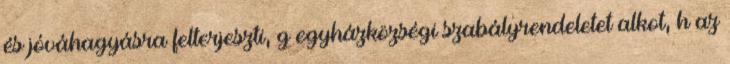
és jóváhagyásra felterjeszti, g egyházközségi szabályrendeletet alkot, h az